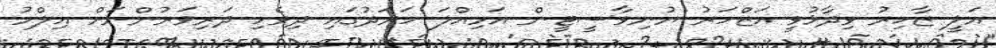
އަލީ ޒާހިރު ވިދާޅުވީ އަޒްހަރު ޔުނިވާސީޓީން އަމިއްލަ ހަރަދުގައި ދިވެހި ދަރިވަރުންނަށް އިލްމު